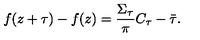
f ( z + \tau ) - f ( z ) = \frac { \Sigma _ { \tau } } { \pi } C _ { \tau } - \bar { \tau } .